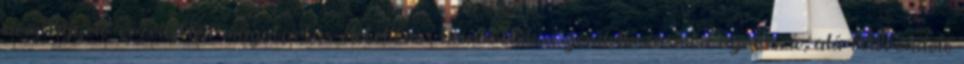
nem figyelő, érzéketlen magatartás életellenes hierarchikus gondolkozásmód agresszív, alá-fölérendelő